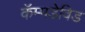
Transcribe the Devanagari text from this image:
कॅम्पडेविड